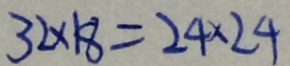
3 2 \times 1 8 = 2 4 \times 2 4